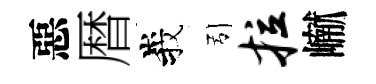
惡暦峩引拉𪩘